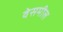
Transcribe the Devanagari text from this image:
वेसमील